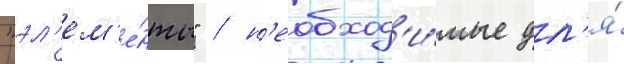
"эл'ем'е́нты" / н'еобход'и́мые дл'я́